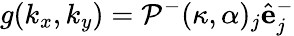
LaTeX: g(k_{x},k_{y})=\mathcal{P}^{-}(\kappa,\alpha)_{j}\hat{\mathbf{e}}_{j}^{-}